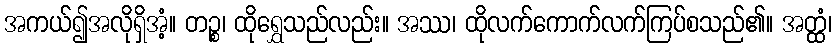
အကယ်၍အလိုရှိအံ့။ တဉ္စ၊ ထိုရွှေသည်လည်း။ အဿ၊ ထိုလက်ကောက်လက်ကြပ်စသည်၏။ အတ္ထံ၊